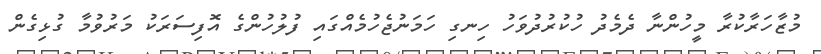
މުޒާހަރާކުރާ މީހުންނާ ދެމެދު ހުކުރުދުވަހު ހިނގި ހަމަނުޖެހުމެއްގައި ފުލުހުންގެ އޮފިސަރަކު މަރުވުމާ ގުޅިގެން